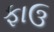
ફાઉ